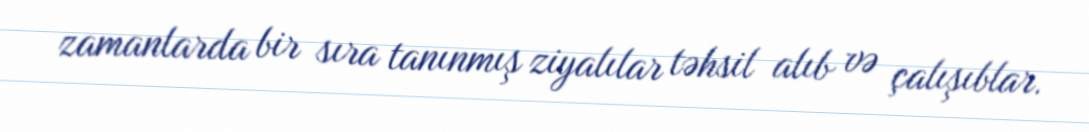
zamanlarda bir sıra tanınmış ziyalılar təhsil alıb və çalışıblar.